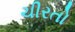
ચીરતો